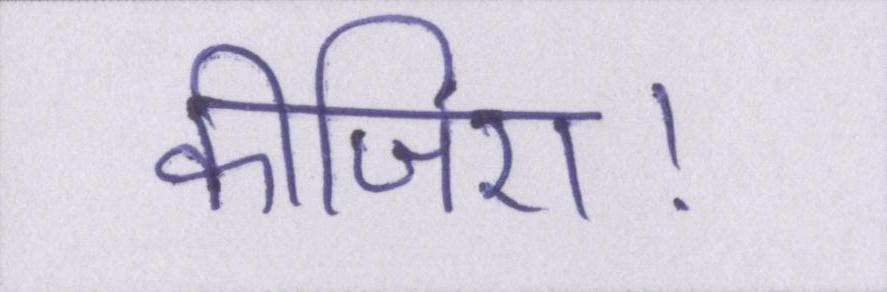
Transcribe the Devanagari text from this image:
कीजिए।